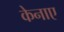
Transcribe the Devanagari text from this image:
केनाए